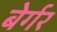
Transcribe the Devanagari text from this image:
बेर्गर